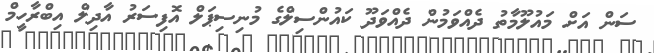
ސަން އަށް މައުލޫމާތު ދެއްވަމުން ދެއްވަދޫ ކައުންސިލްގެ މުނިސިޕަލް އޮފިސަރު އާދިލް އިބްރާހީމް